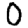
Digit: 0